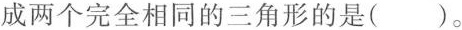
成两个完全相同的三角形的是( )。